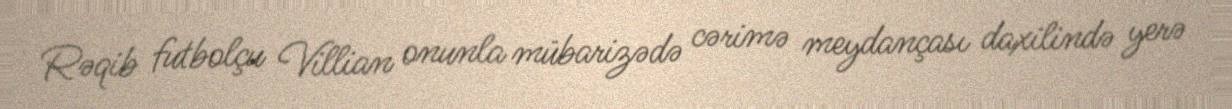
Rəqib futbolçu Villian onunla mübarizədə cərimə meydançası daxilində yerə